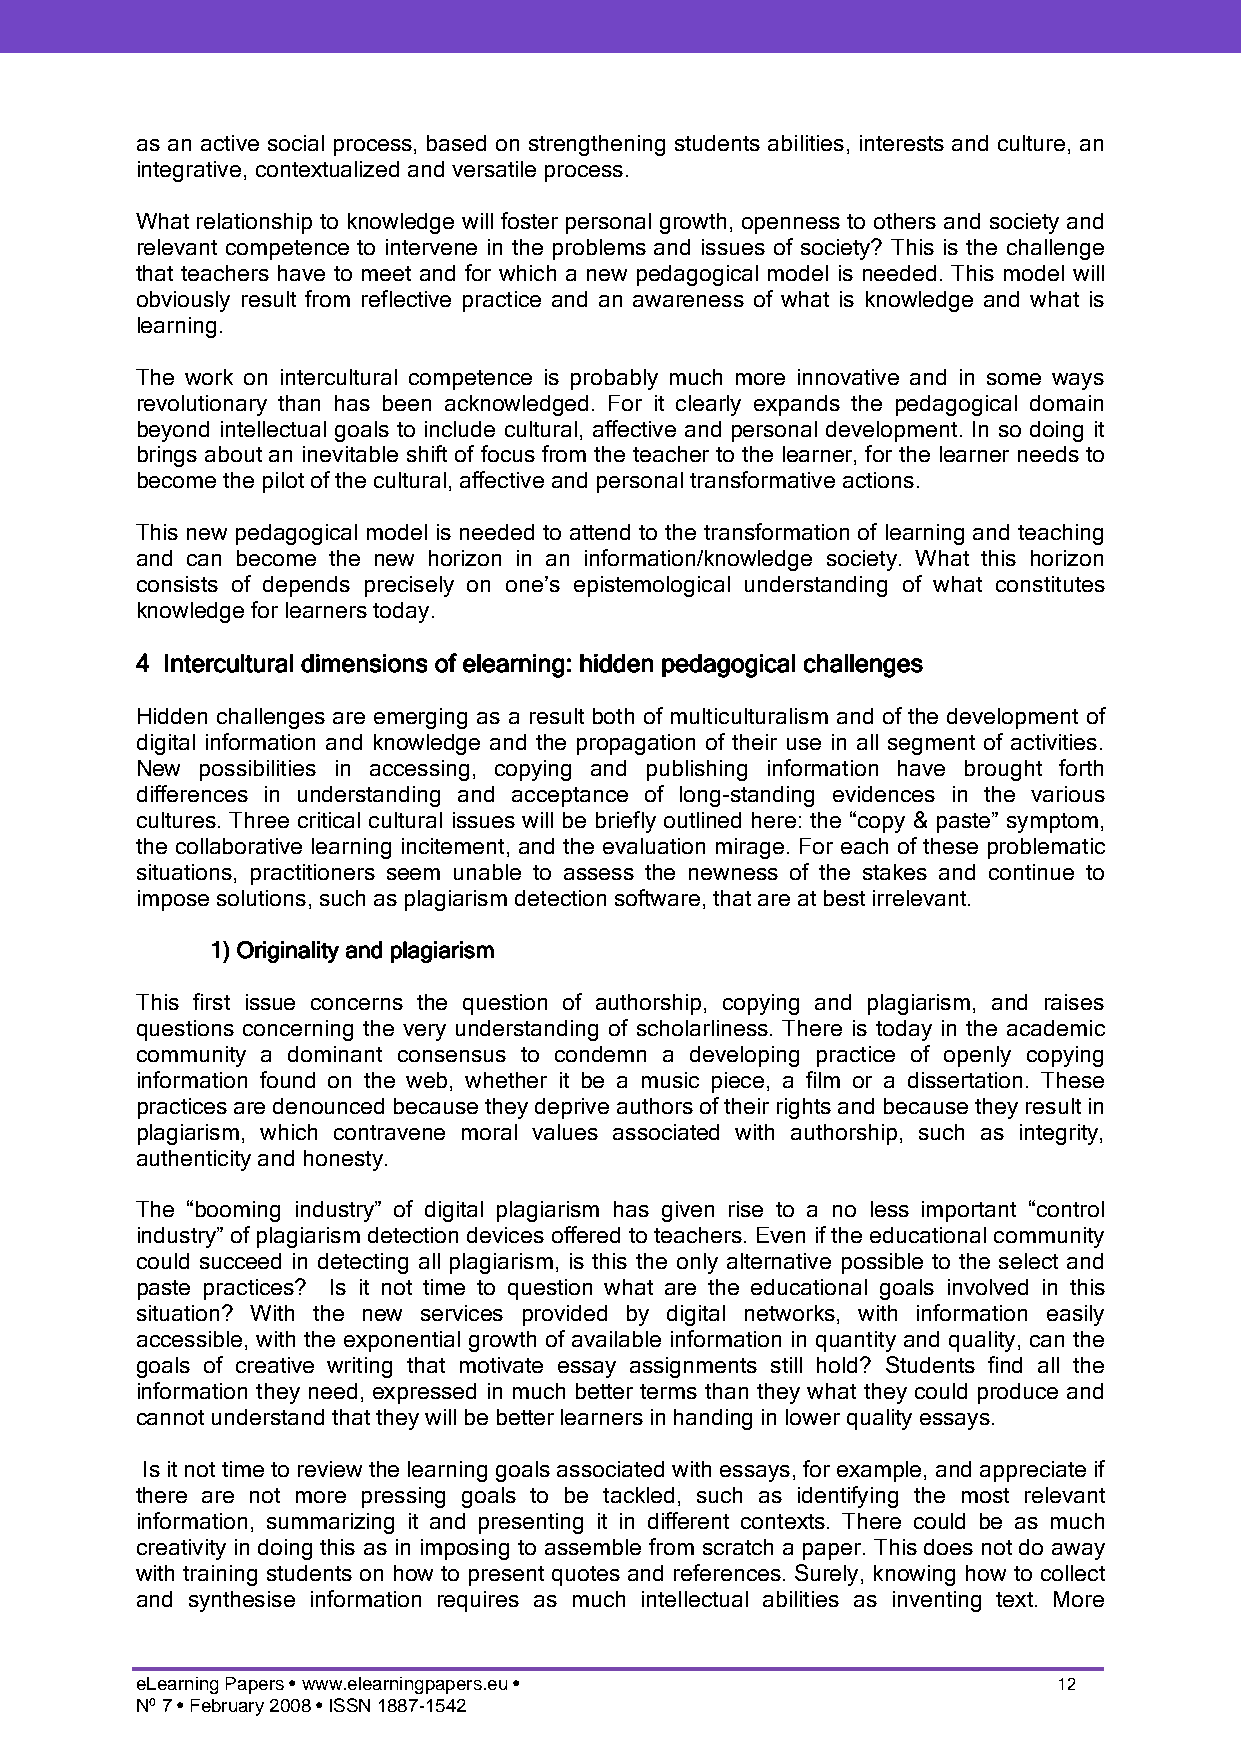
as an active social process, based on strengthening students abilities, interests and culture, an
 integrative, contextualized and versatile process.
 What relationship to knowledge will foster personal growth, openness to others and society and
 relevant competence to intervene in the problems and issues of society? This is the challenge
 that teachers have to meet and for which a new pedagogical model is needed. This model will
 obviously result from reflective practice and an awareness of what is knowledge and what is
 learning.
 The work on intercultural competence is probably much more innovative and in some ways
 revolutionary than has been acknowledged. For it clearly expands the pedagogical domain
 beyond intellectual goals to include cultural, affective and personal development. In so doing it
 brings about an inevitable shift of focus from the teacher to the learner, for the learner needs to
 become the pilot of the cultural, affective and personal transformative actions.
 This new pedagogical model is needed to attend to the transformation of learning and teaching
 and can become the new horizon in an information/knowledge society. What this horizon
 consists of depends precisely on one’s epistemological understanding of what constitutes
 knowledge for learners today.
 4 Intercultural dimensions of elearning: hidden pedagogical challenges
 Hidden challenges are emerging as a result both of multiculturalism and of the development of
 digital information and knowledge and the propagation of their use in all segment of activities.
 New possibilities in accessing, copying and publishing information have brought forth
 differences in understanding and acceptance of long-standing evidences in the various
 cultures. Three critical cultural issues will be briefly outlined here: the “copy & paste” symptom,
 the collaborative learning incitement, and the evaluation mirage. For each of these problematic
 situations, practitioners seem unable to assess the newness of the stakes and continue to
 impose solutions, such as plagiarism detection software, that are at best irrelevant.
 1) Originality and plagiarism
 This first issue concerns the question of authorship, copying and plagiarism, and raises
 questions concerning the very understanding of scholarliness. There is today in the academic
 community a dominant consensus to condemn a developing practice of openly copying
 information found on the web, whether it be a music piece, a film or a dissertation. These
 practices are denounced because they deprive authors of their rights and because they result in
 plagiarism, which contravene moral values associated with authorship, such as integrity,
 authenticity and honesty.
 The “booming industry” of digital plagiarism has given rise to a no less important “control
 industry” of plagiarism detection devices offered to teachers. Even if the educational community
 could succeed in detecting all plagiarism, is this the only alternative possible to the select and
 paste practices? Is it not time to question what are the educational goals involved in this
 situation? With the new services provided by digital networks, with information easily
 accessible, with the exponential growth of available information in quantity and quality, can the
 goals of creative writing that motivate essay assignments still hold? Students find all the
 information they need, expressed in much better terms than they what they could produce and
 cannot understand that they will be better learners in handing in lower quality essays.
 Is it not time to review the learning goals associated with essays, for example, and appreciate if
 there are not more pressing goals to be tackled, such as identifying the most relevant
 information, summarizing it and presenting it in different contexts. There could be as much
 creativity in doing this as in imposing to assemble from scratch a paper. This does not do away
 with training students on how to present quotes and references. Surely, knowing how to collect
 and synthesise information requires as much intellectual abilities as inventing text. More
 eLearning Papers • www.elearningpapers.eu •                  12
 Nº 7 • February 2008 • ISSN 1887-1542